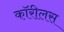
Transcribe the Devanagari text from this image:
कॉरीलस